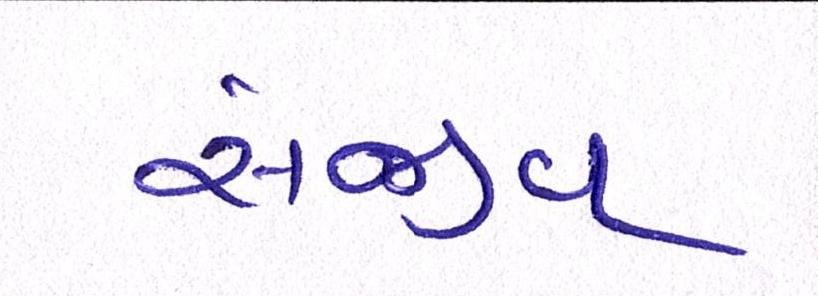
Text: સંજીવ